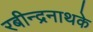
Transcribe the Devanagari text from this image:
रबीन्द्रनाथके